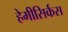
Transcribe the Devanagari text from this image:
हेमीसिर्कस